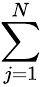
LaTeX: \sum_{j=1}^{N}